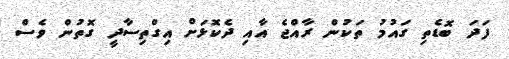
ފަދަ ބޮޑެތި ގައުމު ތަކުން ރާއްޖެ އާއި ދެކޮޅަށް އިގްތިސާދީ ގޮތުން ވެސް